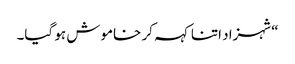
“شہزاد اتنا کہہ کر خاموش ہو گیا۔